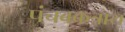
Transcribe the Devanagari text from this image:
पंचवकत्राय